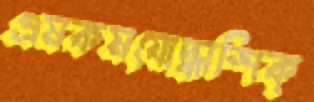
এমকমযোদ্ধাশিক্